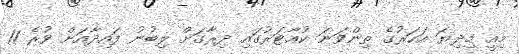
މިއީ މިދިޔަ އަހަރުގެ ތިންވަނަ ކުއާޓަރުގައި ދިރާގަށް ލިބުނު ފައިދާއަށް ވުރެ 11